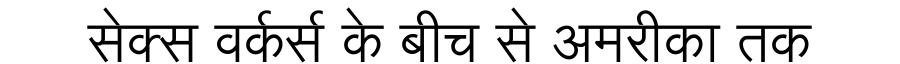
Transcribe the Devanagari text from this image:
सेक्स वर्कर्स के बीच से अमरीका तक